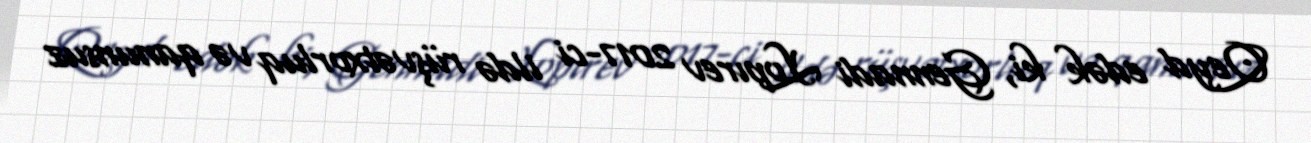
Qeyd edək ki, Gennadi Lopırev 2017-ci ildə rüşvətxorluq və qanunsuz